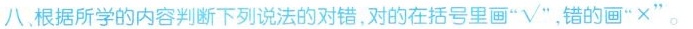
八、根据所学的内容判断下列说法的对错，对的在括号里画”\surd " ，错的画”×"